Lunatic asylums Madras 1877-1891 - 1877-1891
Year: 1877
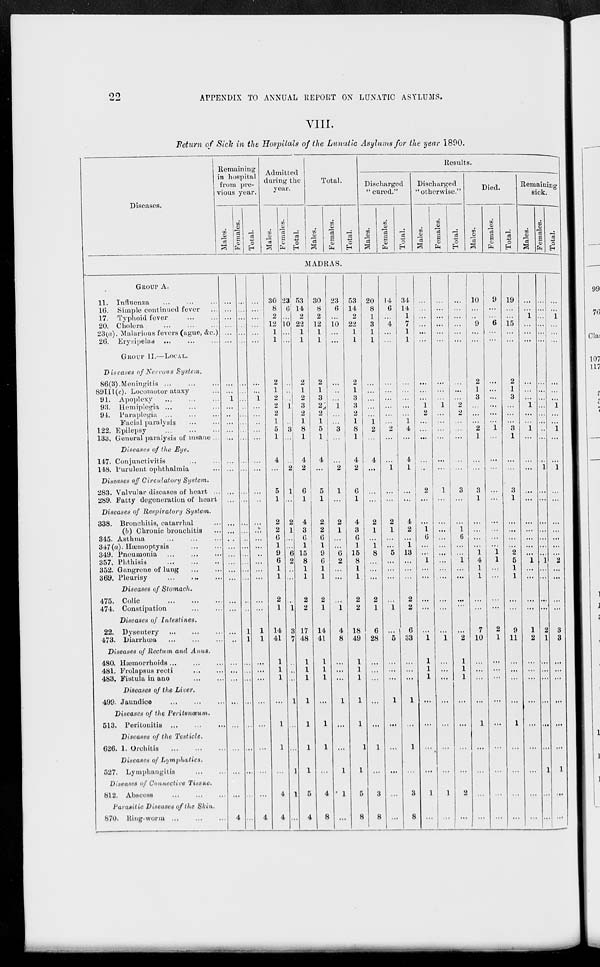
22 APPENDIX TO ANNUAL REPORT ON LUNATIC ASYLUMS.
VIII.
Return of Sick in the Hospitals of the Lunatic Asylums for the year 1890.
Diseases.
Remaining
in hospital
from pre-
vious year.
Males.
Females.
Total.
Admitted
during the
year.
Males.
Females.
Total.
Total.
Males.
Females.
Total.
Results.
Discharged
" cured."
Males.
Females.
Total.
Discharged
"otherwise."
Males.
Females.
Total.
Died.
Males.
Females.
Total.
Remaining
sick.
Males.
Females.
Total.
MADRAS.
GROUP A.
11. Influenza ... ... ...
16. Simple continued fever
17. Typhoid fever
...
...
20. Cholera
...
...
...
23(a). Malarious fevers (ague, &c.)
26. Erysipelas ... ... ...
GROUP II.—LOCAL.
Diseases of Nervous System.
86(3). Meningitis
...
...
...
89III(c). Locomotor ataxy ...
91. Apoplexy
...
...
...
93. Hemiplegia ... ... ...
94. Paraplegia
...
...
...
Facial paralysis ... ...
122. Epilepsy
...
...
...
133. General paralysis of insane ...
Diseases of the Eye.
147. Conjunctivitis ... ...
148. Purulent Ophthalmia ...
Diseases off Circulatory System.
283. Valvular diseases of heart ...
289. Fatty degeneration of heart
Diseases of Respiratory System.
338. Bronchitis, catarrhal ...
(b) Chronic bronchitis ...
345. Asthma
...
...
...
347 (a). Hæmoptysis
...
...
349. Pneumonia
...
...
...
357. Phthisis
...
...
...
352. Gangrene of lung
...
...
369. Pleurisy
...
...
...
Diseases of Stomach.
475.
Colic
...
...
...
474. Constipation ... ...
Diseases of Intestines.
22. Dysentery
...
...
...
473. Diarrhœa
...
...
...
Diseases of Rectum and Anus.
480. Hæmorrhoids
...
...
...
481. Frolapsus recti ... ...
483. Fistula in ano
...
...
Diseases of the Liver.
499. Jaundice
...
...
...
Diseases of the Peritonœum.
513. Peritonitis
...
...
...
Diseases of the Testicle.
626. 1. Orchitis
...
...
...
Diseases of Lymphatics.
527. Lymphangitis
...
...
Diseases of Connective Tissue.
812. Abscess
...
...
...
Parasitic Diseases of the Skin.
870.
Ring-worm ... ... ...
...
...
...
...
...
...
...
...
1
...
...
...
...
...
...
...
...
...
...
...
...
...
...
...
...
...
...
...
...
...
...
...
...
...
...
...
...
...
4
...
...
...
...
...
...
...
...
...
...
...
...
...
...
...
...
...
...
...
...
...
...
...
...
...
...
...
...
1
1
...
...
...
...
...
...
...
...
...
...
...
...
...
...
...
...
...
1
...
...
...
...
...
...
...
...
...
...
...
...
...
...
...
...
...
...
...
1
1
...
...
...
...
...
...
...
...
4
30
8
2
12
1
1
2
1
2
2
2
1
5
1
4
...
5
1
2
2
6
1
9
6
1
1
2
1
14
41
1
1
1
...
1
1
...
4
4
23
6
...
10
...
...
...
..
...
1
...
...
3
...
..
2
1
...
2
1
...
...
6
2
...
...
...
1
3
7
...
...
...
1
...
...
1
1
...
53
14
2
22
1
1
2
1
2
3
2
1
8
1
4
2
6
1
4
3
6
1
15
8
1
1
2
2
17
48
1
1
1
1
1
1
1
5
4
30
8
2
12
1
1
2
1
3
2
2
1
5
1
4
...
5
1
2
2
6
1
9
6
1
1
2
1
14
41
1
1
1
...
1
1
...
4
8
23
6
...
10
...
...
...
...
...
1
...
...
3
...
...
2
1
...
2
1
...
...
6
2
...
...
...
1
4
8
...
...
...
1
...
...
1
1
...
53
14
2
22
1
1
2
1
3
3
2
1
8
1
4
2
6
1
4
3
6
1
15
8
1
1
2
2
18
49
1
1
1
1
1
1
1
5
8
20
8
1
3
1
1
...
...
...
...
...
1
2
...
4
...
...
...
2
1
...
1
8
...
...
...
2
1
6
28
...
...
...
...
...
1
...
3
8
14
6
...
4
...
...
...
...
...
...
...
...
2
...
...
1
...
...
2
1
...
...
5
...
...
...
...
1
...
5
...
...
...
1
...
...
...
...
...
34
14
1
7
1
1
...
...
...
...
...
1
4
...
4
1
...
...
4
2
...
1
13
...
...
...
2
2
6
33
...
...
...
1
...
1
...
3
8
...
...
...
...
...
...
...
...
...
1
2
...
...
...
...
...
2
...
...
1
6
...
...
1
...
...
...
...
...
1
1
1
1
...
...
...
...
1
...
...
...
...
...
...
...
...
...
...
1
...
...
...
...
...
...
1
...
...
...
...
...
...
...
...
...
...
...
...
1
...
...
...
...
...
...
...
1
...
...
...
...
...
...
...
...
...
...
2
2
...
...
...
...
...
3
...
...
1
6
...
...
1
...
...
...
...
...
2
1
1
1
...
...
...
...
2
...
10
...
...
9
...
...
2
1
3
...
...
...
2
1
...
...
3
1
...
...
...
...
1
4
1
1
...
...
7
10
...
...
...
...
1
...
...
...
...
9
...
...
6
...
...
...
...
...
...
...
...
1
...
...
...
...
...
...
...
...
...
1
1
...
...
...
...
2
1
...
...
...
...
...
...
...
...
...
19
...
...
15
...
...
2
1
3
...
...
...
3
1
...
...
3
1
...
...
...
...
2
5
1
1
...
...
9
11
...
...
...
...
1
...
...
...
...
...
...
1
...
...
...
...
...
...
1
...
...
1
...
...
...
...
...
...
...
...
...
...
1
...
...
...
...
1
2
...
...
...
...
...
...
...
...
...
...
...
...
...
...
...
...
...
...
...
...
...
...
...
1
...
...
...
...
...
...
...
1
...
...
...
...
2
1
...
...
...
...
...
...
1
...
...
...
...
1
...
...
...
...
...
1
...
...
1
...
...
1
...
...
...
...
...
...
...
2
...
...
...
...
3
3
...
...
...
...
...
...
1
...
...